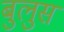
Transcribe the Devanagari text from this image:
बुलुस